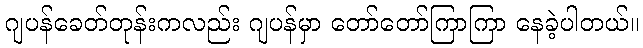
ဂျပန်ခေတ်တုန်းကလည်း ဂျပန်မှာ တော်တော်ကြာကြာ နေခဲ့ပါတယ်။